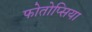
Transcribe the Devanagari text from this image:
फोतोप्सिया